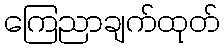
ကြေညာချက်ထုတ်